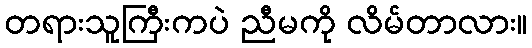
တရားသူကြီးကပဲ ညီမကို လိမ်တာလား။